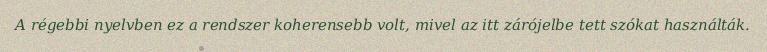
A régebbi nyelvben ez a rendszer koherensebb volt, mivel az itt zárójelbe tett szókat használták.